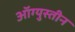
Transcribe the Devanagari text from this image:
ऑग्युस्तीन